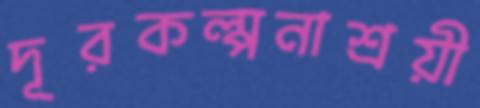
দূরকল্পনাশ্রয়ী